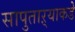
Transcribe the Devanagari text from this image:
सापुताऱ्याकडे